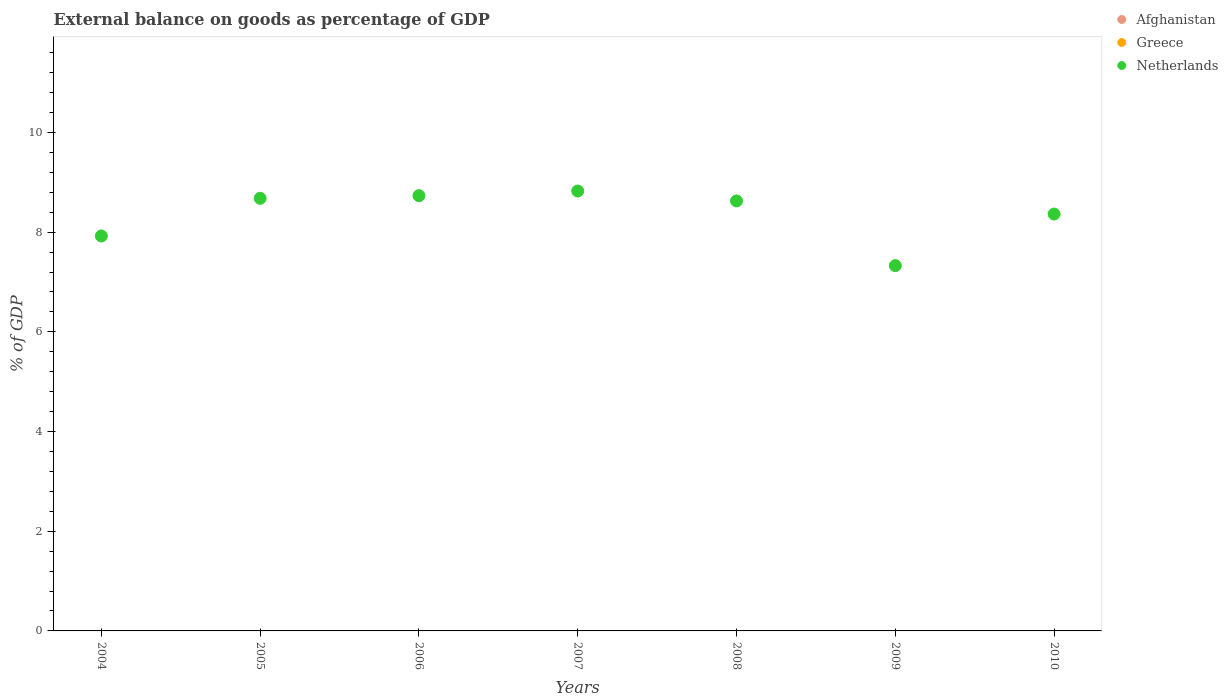
| Years | Afghanistan | Greece | Netherlands |
 | --- | --- | --- | --- |
 | 2004 | -53.1 | -8.48 | 7.92 |
 | 2005 | -50.1 | -8.28 | 8.68 |
 | 2006 | -47.6 | -10.5 | 8.73 |
 | 2007 | -40.5 | -12.5 | 8.83 |
 | 2008 | -37.1 | -12.6 | 8.63 |
 | 2009 | -27.5 | -9.78 | 7.33 |
 | 2010 | -34.9 | -8.62 | 8.36 |